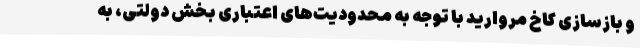
و بازسازی کاخ مروارید با توجه به محدودیت‌های اعتباری بخش دولتی، به